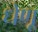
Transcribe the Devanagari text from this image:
धेणू